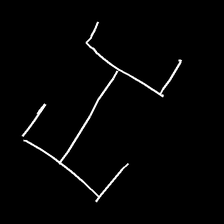
Glyph: entwine